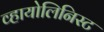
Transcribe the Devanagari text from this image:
व्हायोलिनिस्ट